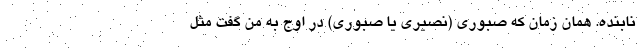
نابنده. همان زمان که صبوری (نصیری یا صبوری) در اوج به من گفت مثل